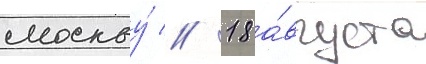
москву́ // 18 а́вгуста